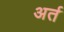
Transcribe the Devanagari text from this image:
अर्त